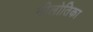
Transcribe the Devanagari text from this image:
नीलोतिका